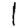
Digit: 1